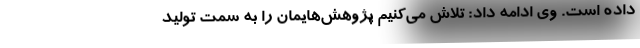
داده است. وی ادامه داد: تلاش می‌کنیم پژوهش‌هایمان را به سمت تولید